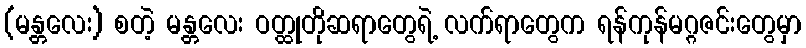
(မန္တလေး) စတဲ့ မန္တလေး ဝတ္ထုတိုဆရာတွေရဲ့ လက်ရာတွေက ရန်ကုန်မဂ္ဂဇင်းတွေမှာ